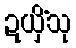
ဍယှိံသု